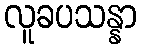
လူခပသန္နာ